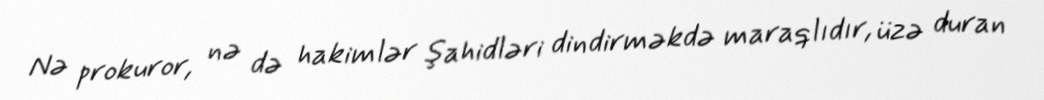
Nə prokuror, nə də hakimlər şahidləri dindirməkdə maraqlıdır, üzə duran